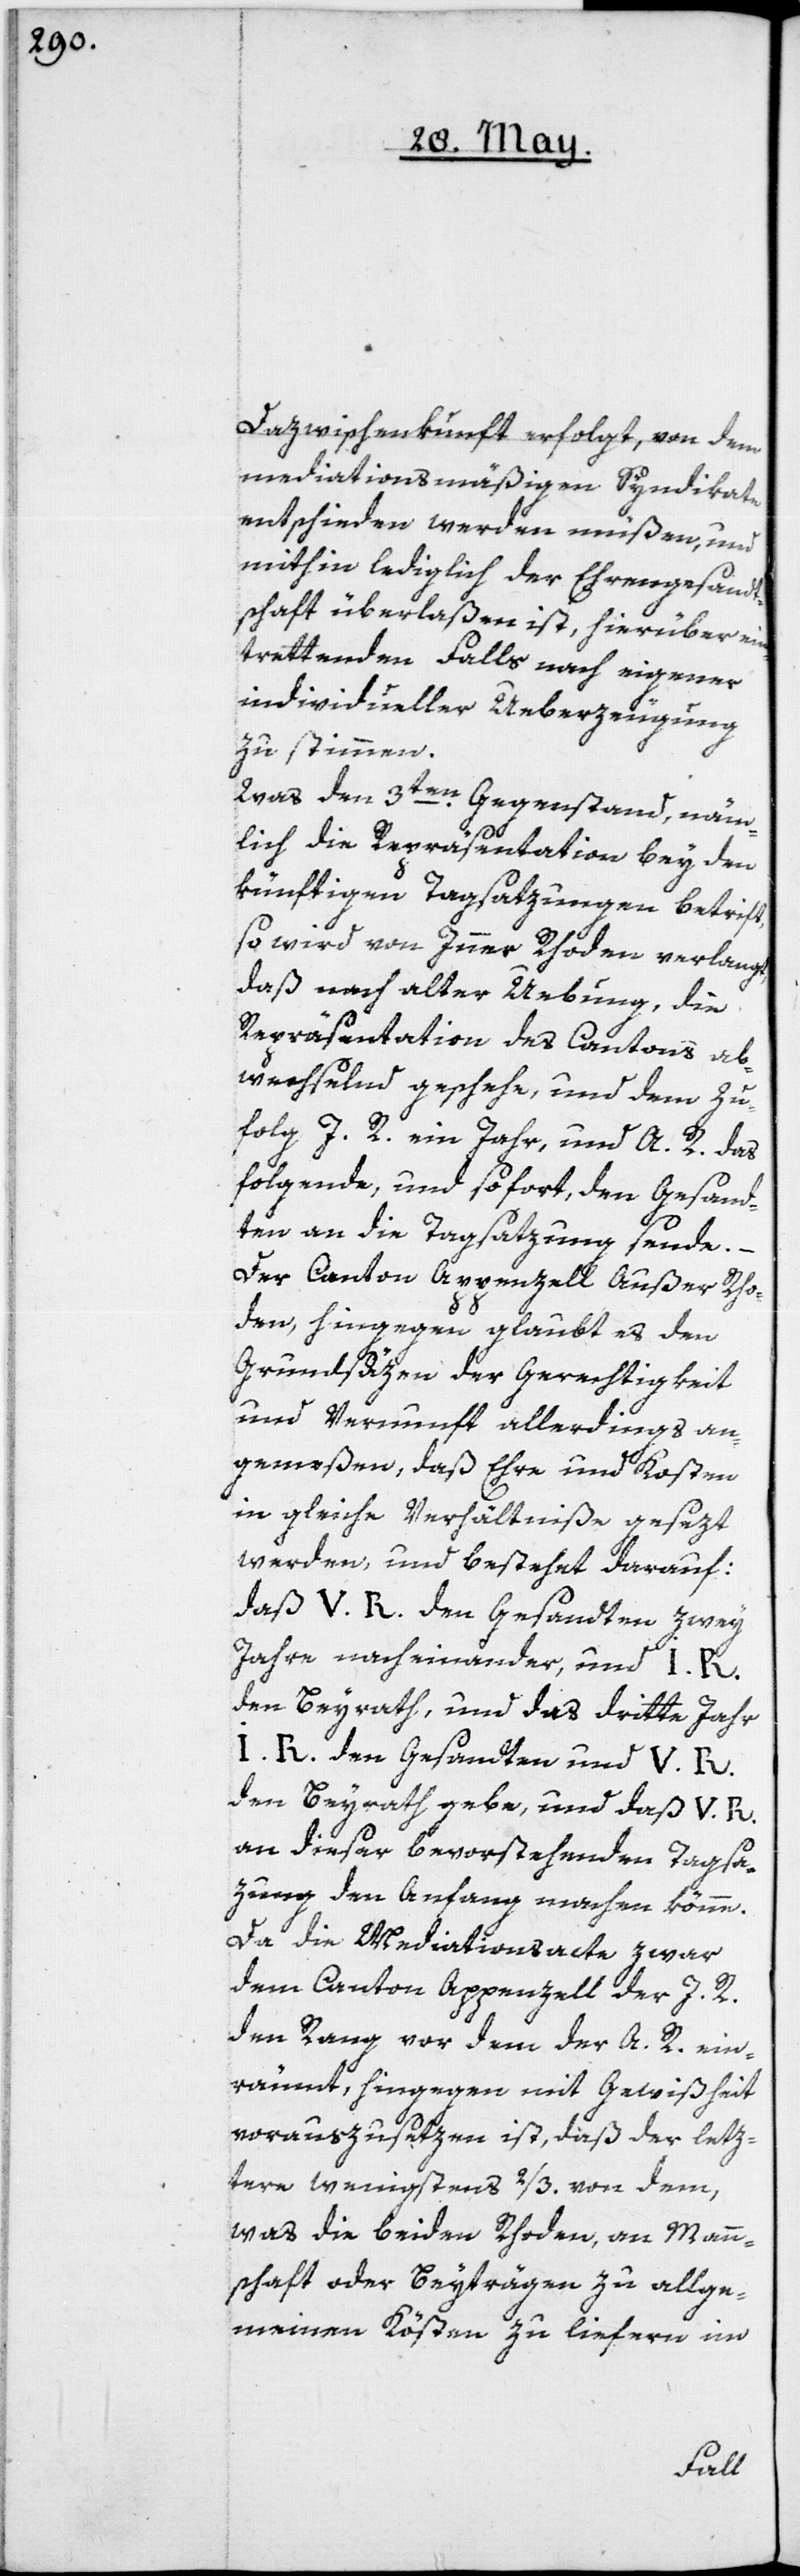
Dazwischenkunft erfolgt, von dem
mediationsmäßigen Syndikate
entschieden werden müßen, und
mithin lediglich der Ehrengesandt¬
schaft überlaßen ist, hierüber ein¬
trettenden Falls nach eigener
individueller Ueberzeugung
zu stimmen.
Was den 3ten Gegenstand, näm¬
lich die Repräsentation bey den
künftigen Tagsazungen betrift,
so wird von Inner Rhoden verlangt,
daß nach alter Uebung, die
Repräsentation des Cantons ab¬
wechselnd geschehe, und dem Zu¬
folg I. R. ein Jahr, und A. R. das
folgende, und so fort, den Gesand¬
ten an die Tagsazung sende.
Der Canton Appenzell Außer Rho¬
den, hingegen glaubt es den
Grundsäzen der Gerechtigkeit
und Vernunft allerdings an¬
gemeßen, daß Ehre und Kosten
in gleiche Verhältniße gesezt
werden, und bestehet darauf:
daß V. R. den Gesandten zwey
Jahre nacheinander, und I. R.
den Beyrath, und das dritte Jahr
I. R. den gesandten und A. R.
den Beirat gebe, und daß V. R.
an dieser bevorstehenden Tagsa¬
zung den Anfang machen könne.
Da die Mediationsacte zwar
dem Canton Appenzell der I. R.
den Rang vor dem der A. R. ein¬
räumt, hingegen mit Gewißheit
vorauszusezen ist, daß der lez¬
tere wenigstens 2/3 von dem,
was die beiden Rhoden, an Mann¬
schaft oder Beyträgen zu allge¬
meinen Kösten liefern im